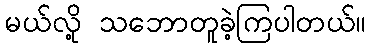
မယ်လို့ သဘောတူခဲ့ကြပါတယ်။